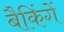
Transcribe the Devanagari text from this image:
बैकिंगें